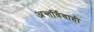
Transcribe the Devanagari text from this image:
अन्तर्विवाही